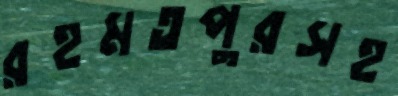
রহমতপুরসহ